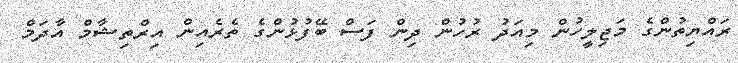
ރައްޔިތުންގެ މަޖިލީހުން މިއަދު ރުހުން ދިން ފަސް ބޭފުޅުންގެ ތެރެއިން އިރްތިޝާމް އާދަމް